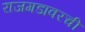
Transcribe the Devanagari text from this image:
राजगडावरची